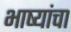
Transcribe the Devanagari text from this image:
भाष्यांचा